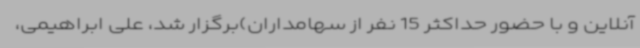
آنلاین و با حضور حداکثر 15 نفر از سهامداران)برگزار شد، علی ابراهیمی،